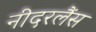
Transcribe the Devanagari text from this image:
नीदरलैंस